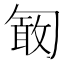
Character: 𠣽